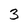
Character: 3